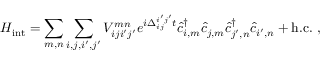
H _ { \mathrm { i n t } } = \sum _ { m , n } \sum _ { i , j , i ^ { \prime } , j ^ { \prime } } V _ { i j i ^ { \prime } j ^ { \prime } } ^ { m n } e ^ { i \Delta _ { i j } ^ { i ^ { \prime } j ^ { \prime } } t } \hat { c } _ { i , m } ^ { \dagger } \hat { c } _ { j , m } \hat { c } _ { j ^ { \prime } , n } ^ { \dagger } \hat { c } _ { i ^ { \prime } , n } + \mathrm { h . c . } \ ,